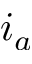
i _ { a }